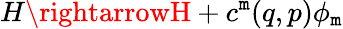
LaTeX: H\rightarrowH+c^{\mathtt{m}}(q,p)\phi_{\mathtt{m}}